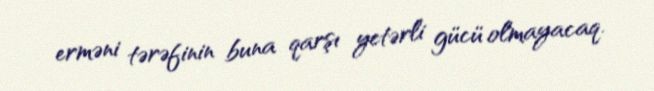
erməni tərəfinin buna qarşı yetərli gücü olmayacaq.